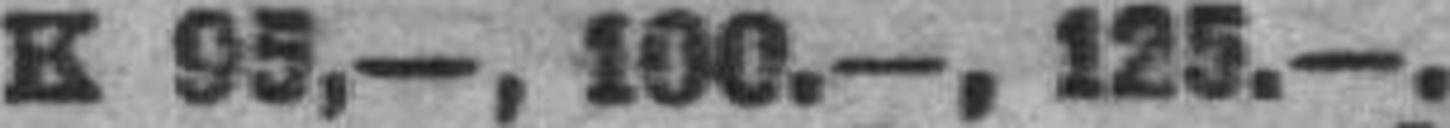
K 95,—, 100.—, 125.—.